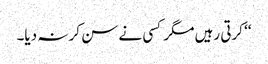
‘‘ کرتی رہیں مگر کسی نے سن کر نہ دیا۔